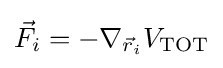
{\vec {F}}_{i}=-\nabla _{{\vec {r}}_{i}}V_{\mathrm {TOT} }